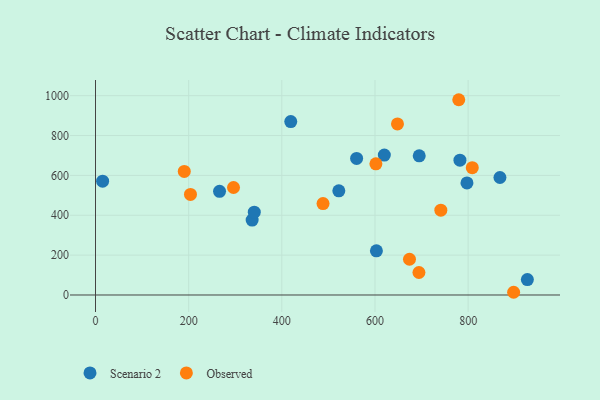
{"axis": {"x": "Distance", "y": "Demand"}, "legend": ["Observed", "Scenario 2"], "data": [{"x": "797.5", "y": 562.5, "type": "Scenario 2"}, {"x": "560.6", "y": 685.3, "type": "Scenario 2"}, {"x": "419.2", "y": 869.9, "type": "Scenario 2"}, {"x": "603.1", "y": 221.8, "type": "Scenario 2"}, {"x": "266.3", "y": 520.2, "type": "Scenario 2"}, {"x": "336.3", "y": 375.7, "type": "Scenario 2"}, {"x": "620.1", "y": 701.8, "type": "Scenario 2"}, {"x": "340.9", "y": 415.7, "type": "Scenario 2"}, {"x": "695.0", "y": 698.1, "type": "Scenario 2"}, {"x": "782.4", "y": 676.4, "type": "Scenario 2"}, {"x": "927.2", "y": 77.3, "type": "Scenario 2"}, {"x": "522.4", "y": 522.6, "type": "Scenario 2"}, {"x": "15.3", "y": 570.8, "type": "Scenario 2"}, {"x": "868.3", "y": 589.5, "type": "Scenario 2"}, {"x": "190.6", "y": 620.1, "type": "Observed"}, {"x": "897.7", "y": 13.6, "type": "Observed"}, {"x": "674.1", "y": 179.4, "type": "Observed"}, {"x": "779.9", "y": 979.7, "type": "Observed"}, {"x": "296.3", "y": 539.4, "type": "Observed"}, {"x": "808.9", "y": 638.9, "type": "Observed"}, {"x": "488.5", "y": 458.8, "type": "Observed"}, {"x": "602.0", "y": 658.0, "type": "Observed"}, {"x": "741.4", "y": 425.6, "type": "Observed"}, {"x": "648.3", "y": 858.4, "type": "Observed"}, {"x": "203.9", "y": 504.6, "type": "Observed"}, {"x": "694.4", "y": 112.9, "type": "Observed"}]}